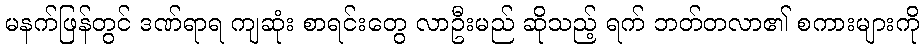
မနက်ဖြန်တွင် ဒဏ်ရာရ ကျဆုံး စာရင်းတွေ လာဦးမည် ဆိုသည့် ရက် ဘတ်တလာ၏ စကားများကို